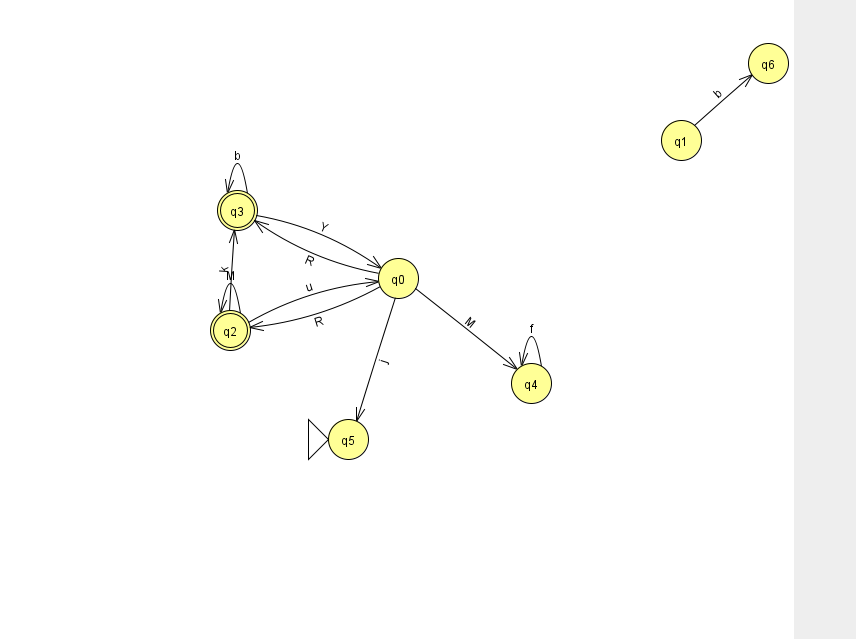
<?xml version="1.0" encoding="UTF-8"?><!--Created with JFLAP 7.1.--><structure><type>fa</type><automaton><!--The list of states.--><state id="0" name="q0"><x>398.0</x><y>265.0</y></state><state id="1" name="q1"><x>681.0</x><y>127.0</y></state><state id="2" name="q2"><x>230.0</x><y>317.0</y><final/></state><state id="3" name="q3"><x>237.0</x><y>197.0</y><final/></state><state id="4" name="q4"><x>531.0</x><y>370.0</y></state><state id="5" name="q5"><x>348.0</x><y>426.0</y><initial/></state><state id="6" name="q6"><x>768.0</x><y>50.0</y></state><!--The list of transitions.--><transition><from>0</from><to>5</to><read>j</read></transition><transition><from>3</from><to>3</to><read>b</read></transition><transition><from>1</from><to>6</to><read>b</read></transition><transition><from>2</from><to>0</to><read>u</read></transition><transition><from>2</from><to>3</to><read>k</read></transition><transition><from>0</from><to>2</to><read>R</read></transition><transition><from>4</from><to>4</to><read>f</read></transition><transition><from>3</from><to>0</to><read>Y</read></transition><transition><from>0</from><to>3</to><read>R</read></transition><transition><from>0</from><to>4</to><read>M</read></transition><transition><from>2</from><to>2</to><read>M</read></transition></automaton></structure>